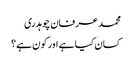
محمد عرفان چوہدری
کسان کیا ہے اور کون ہے؟